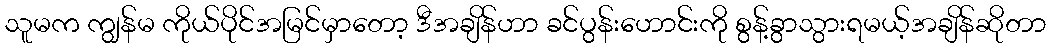
သူမက ကျွန်မ ကိုယ်ပိုင်အမြင်မှာတော့ ဒီအချိန်ဟာ ခင်ပွန်းဟောင်းကို စွန့်ခွာသွားရမယ့်အချိန်ဆိုတာ